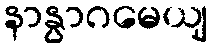
နာနွာဂမေယျ